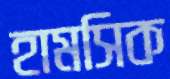
হামসিক